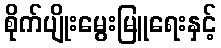
စိုက်ပျိုးမွေးမြူရေးနှင့်